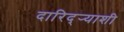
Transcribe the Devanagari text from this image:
दारिद्र्‍याशी